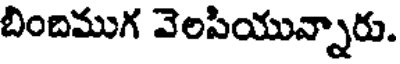
బిందిముగ వెలసియున్నారు.